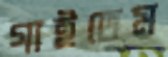
গাইতেম